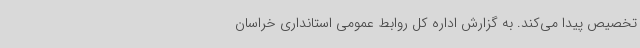
تخصیص پیدا می‌کند. به گزارش اداره کل روابط عمومی استانداری خراسان